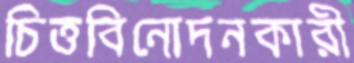
চিত্তবিনোদনকারী